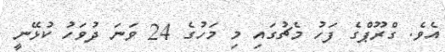
އެވެ. ގްރޫޕްގެ ފަހު މެޗުގައި މި މަހުގެ 24 ވަނަ ދުވަހު ކުޅޭނީ